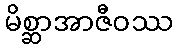
မိစ္ဆာအာဇီဝဿ